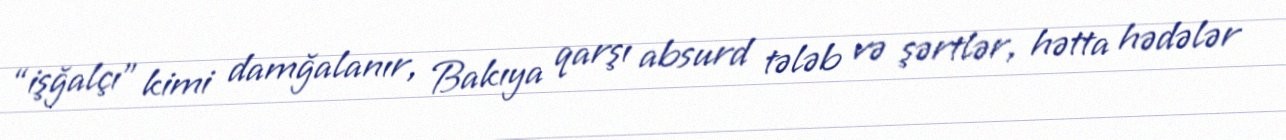
“işğalçı” kimi damğalanır, Bakıya qarşı absurd tələb və şərtlər, hətta hədələr